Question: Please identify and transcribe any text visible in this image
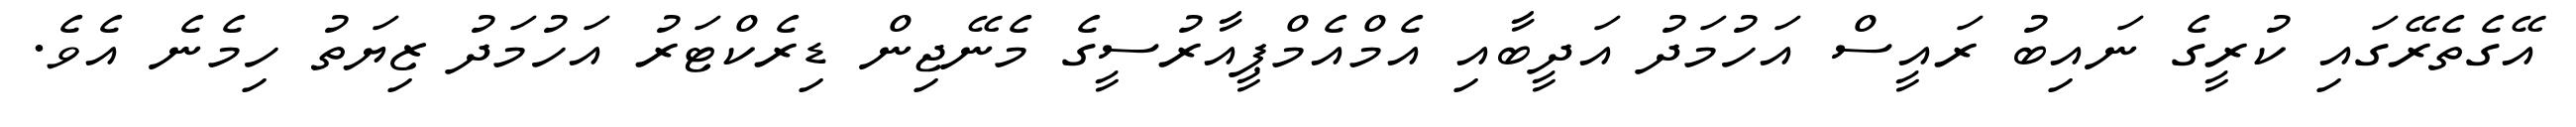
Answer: އޭގެތެރޭގައި ކުރީގެ ނައިބު ރައީސް އަހުމަދު އަދީބާއި އެމްއެމްޕީއާރުސީގެ މެނޭޖިން ޑިރެކްޓަރު އަހުމަދު ޒިޔަތު ހިމެނެ އެވެ.